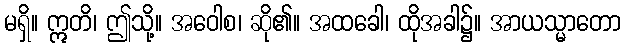
မရှိ။ ဣတိ၊ ဤသို့။ အဝေါစ၊ ဆို၏။ အထခေါ၊ ထိုအခါ၌။ အာယသ္မာတော